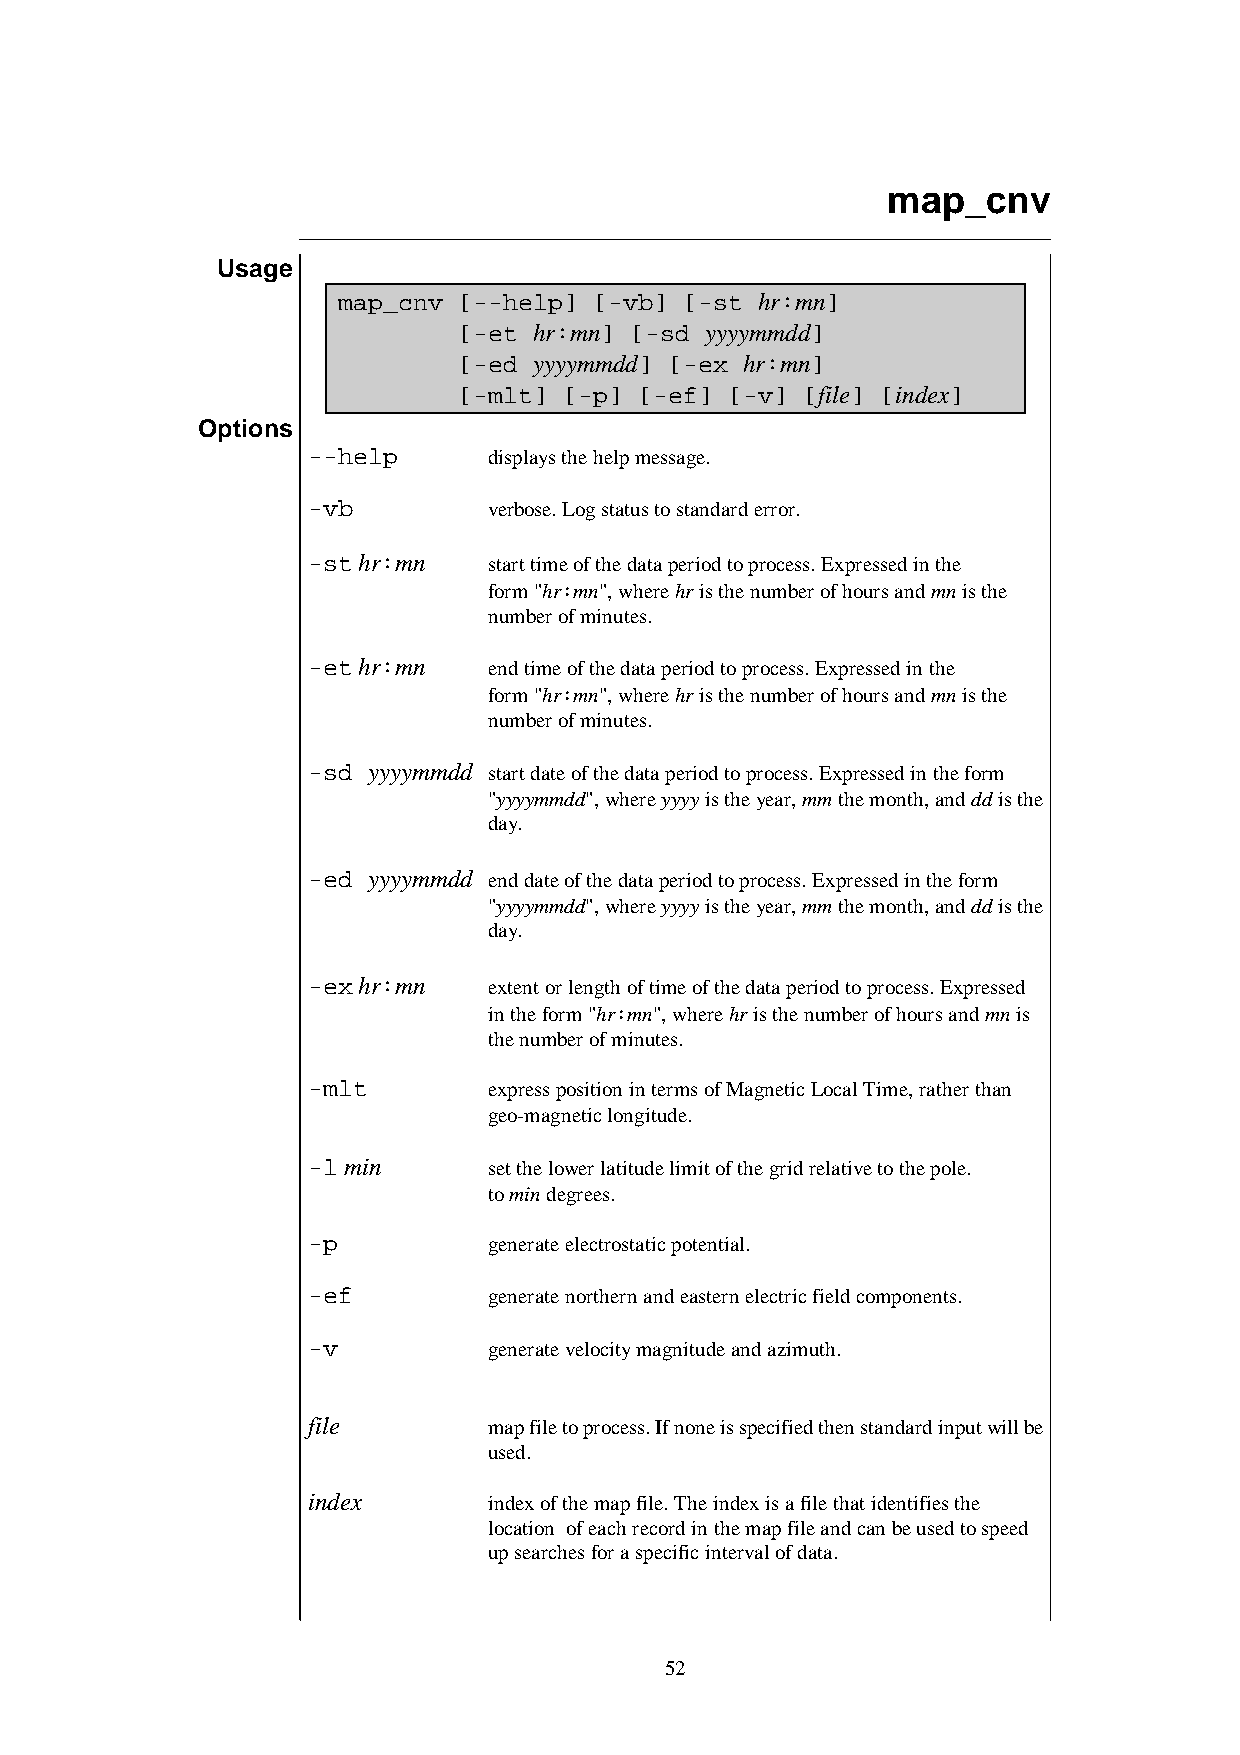
map_cnv
 Usage
 map_cnv [--help] [-vb] [-st hr:mn]
 [-et hr:mn] [-sd yyyymmdd]
 [-ed yyyymmdd] [-ex hr:mn]
 [-mlt] [-p] [-ef] [-v] [file] [index]
 Options
 --help      displays the help message.
 -vb         verbose. Log status to standard error.
 -st hr:mn   start time of the data period to process. Expressed in the
 form "hr:mn", where hr is the number of hours and mn is the
 number of minutes.
 -et hr:mn   end time of the data period to process. Expressed in the
 form "hr:mn", where hr is the number of hours and mn is the
 number of minutes.
 -sd yyyymmdd start date of the data period to process. Expressed in the form
 "yyyymmdd", where yyyy is the year, mm the month, and dd is the
 day.
 -ed yyyymmdd end date of the data period to process. Expressed in the form
 "yyyymmdd", where yyyy is the year, mm the month, and dd is the
 day.
 -ex hr:mn   extent or length of time of the data period to process. Expressed
 in the form "hr:mn", where hr is the number of hours and mn is
 the number of minutes.
 -mlt        express position in terms of Magnetic Local Time, rather than
 geo-magnetic longitude.
 -l min      set the lower latitude limit of the grid relative to the pole.
 to min degrees.
 -p          generate electrostatic potential.
 -ef         generate northern and eastern electric field components.
 -v          generate velocity magnitude and azimuth.
 file        map file to process. If none is specified then standard input will be
 used.
 index       index of the map file. The index is a file that identifies the
 location of each record in the map file and can be used to speed
 up searches for a specific interval of data.
 52